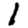
Digit: 1